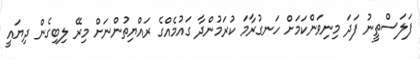
ފަލަސްތީނު ފަދަ މިނިވަންކަމަށް ހަނގުރާމަ ކުރަމުންދާ ގައުމެއްގެ ރައްޔިތުންނަށް މިރޭ ލިބިގެން ދިޔައީ